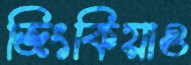
জিংকিয়াও